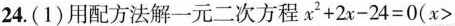
24.(1)用配方法解一元二次方程$$x ^ { 2 } + 2 x - 2 4 = 0$$（$$x >